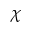
\chi